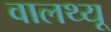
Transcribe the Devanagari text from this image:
वालथ्यू